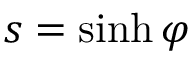
s = \sinh \varphi